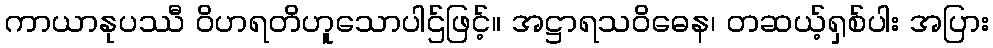
ကာယာနုပဿီ ဝိဟရတိဟူသောပါဌ်ဖြင့်။ အဋ္ဌာရသဝိဓေန၊ တဆယ့်ရှစ်ပါး အပြား